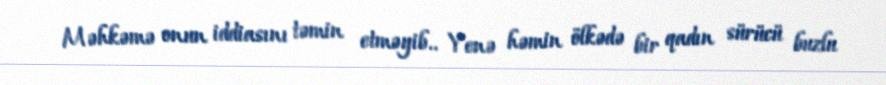
Məhkəmə onun iddiasını təmin etməyib.. Yenə həmin ölkədə bir qadın sürücü buzlu